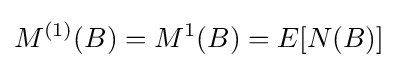
M^{(1)}(B)=M^{1}(B)=E[{N}(B)]